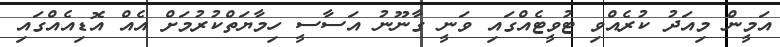
އަމީން މިއަދު ކުރެއްވި ޓުވީޓެއްގައި ވަނީ ގާނޫނު އަސާސީ ހިމާޔަތްކުރުމަށް އެއް އޮޑިއެއްގައި